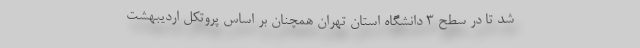
شد تا در سطح ۳ دانشگاه استان تهران همچنان بر اساس پروتکل اردیبهشت